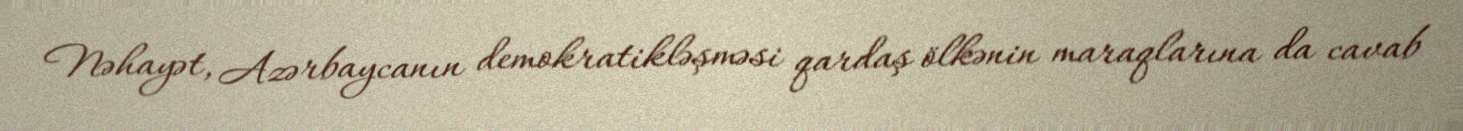
Nəhayət, Azərbaycanın demokratikləşməsi qardaş ölkənin maraqlarına da cavab